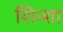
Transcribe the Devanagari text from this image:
शिन्शा